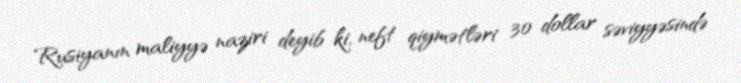
Rusiyanın maliyyə naziri deyib ki, neft qiymətləri 30 dollar səviyyəsində